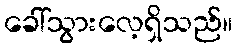
ခေါ်သွားလေ့ရှိသည်။